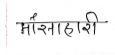
मजकूर: मांसाहारी